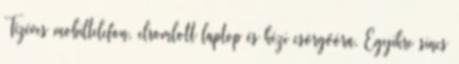
Tízéves mobiltelefon, elromlott laptop és kézi csörgőóra. Egyikre sincs